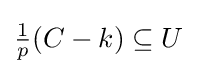
{\tfrac {1}{p}}(C-k)\subseteq U